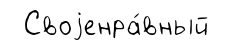
Своjенра́вный